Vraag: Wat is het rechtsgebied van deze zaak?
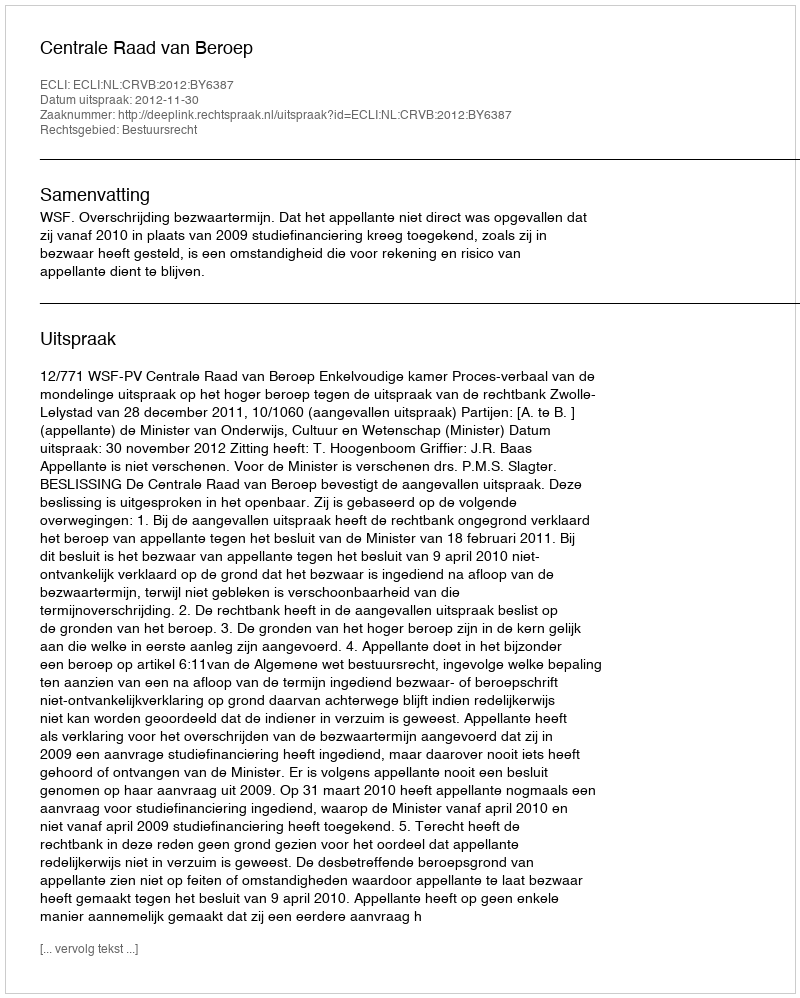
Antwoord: Bestuursrecht